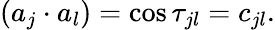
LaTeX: (a_{j}\cdot a_{l})=\cos\tau_{jl}=c_{jl}.